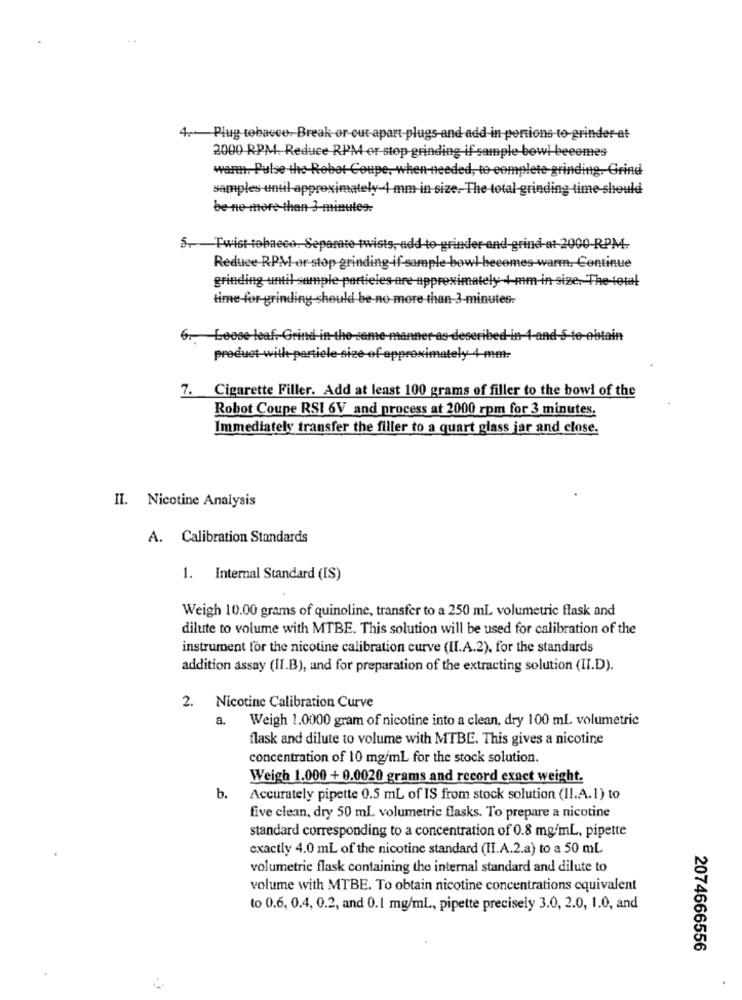
4 .-- Plug tobacco. Break or cut apart-plugs-and add-in pertions to-grinder-at
2000 RPM. Reduce RPM or-stop-grinding if sample bowl beeemes
warm. Pulse-the-Robot-Coupe, when needed, to complete grinding. Grind
samples until approximately-4 mm in size. The total grinding time should
be-ne-more than 3-minutes.
5. Twist-tobacco, Separate twists, add to grinder-and-grind-at- 2000-RPM-
Reduce-RPM or stop-grinding-if-sample-bowl-becomes-warm. Ce
ntinue
grinding until sample partieles are approximately 4-mm-in-size. The total
time-for-grinding should be-no more than 3-minutes-
6. Loose leaf, Grind-in-the-
aint
product with partiele size of approximately 4-mm-
7. Cigarette Filler. Add at least 100 grams of filler to the bowl of the
Robot Coupe RSI 6V and process at 2000 rpm for 3 minutes.
Immediately transfer the filler to a quart glass jar and close.
II. Nicotine Analysis
A. Calibration Standards
1. Internal Standard (IS)
Weigh 10.00 grams of quinoline, transfer to a 250 ml volumetric flask and
dilute to volume with MTBE. This solution will be used for calibration of the
instrument for the nicotine calibration curve (II.A.2), for the standards
addition assay (II.B), and for preparation of the extracting solution (II.D).
2. Nicotine Calibration Curve
a.
Weigh 1.0000 gram of nicotine into a clean, dry 100 ml volumetric
flask and dilute to volume with MTBE. This gives a nicotine
concentration of 10 mg/ml for the stock solution.
Weigh 1.000 + 0.0020 grams and record exact weight.
b.
Accurately pipette 0.5 mL of IS from stock solution (II.A.1) to
five clean, dry 50 mL volumetric flasks. To prepare a nicotine
standard corresponding to a concentration of 0.8 mg/ml, pipette
exactly 4.0 mL of the nicotine standard (II.A.2.a) to a 50 mL
volumetric flask containing the internal standard and dilute to
volume with MTBE. To obtain nicotine concentrations equivalent
to 0.6, 0.4, 0.2, and 0.1 mg/ml, pipette precisely 3.0, 2.0, 1.0, and
2074666556